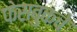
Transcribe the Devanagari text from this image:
फेसबुकचे